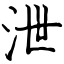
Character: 泄